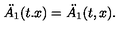
\ddot { A _ { 1 } } ( t . x ) = \ddot { A _ { 1 } } ( t , x ) .